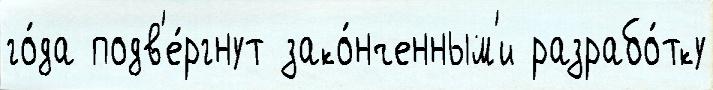
го́да подв'е́ргнут зако́нченным'и разрабо́тку